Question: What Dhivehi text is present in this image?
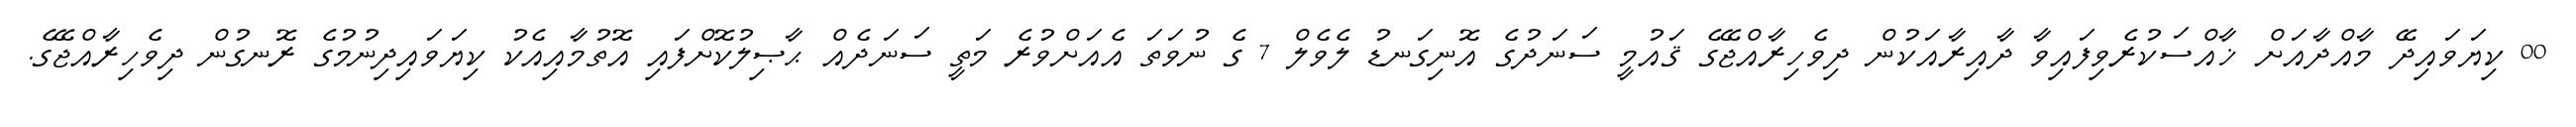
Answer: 00 ކިޔަވައިދޭ މާއްދާއަށް ޚާއްސަކުރެވިފައިވާ ދާއިރާއަކުން ދިވެހިރާއްޖޭގެ ޤައުމީ ސަނަދުގެ އޮނިގަނޑު ލެވެލް 7 ގެ ނުވަތަ އެއަށްވުރެ މަތީ ސަނަދެއް ޙާޞިލުކޮށްފައި އޮތުމާއިއެކު ކިޔަވައިދިނުމުގެ ރޮނގުން ދިވެހިރާއްޖޭގެ.